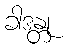
ခါဒန္တု